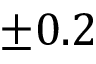
\pm 0 . 2